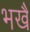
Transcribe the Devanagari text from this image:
भखै